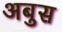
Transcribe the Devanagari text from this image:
अबुस